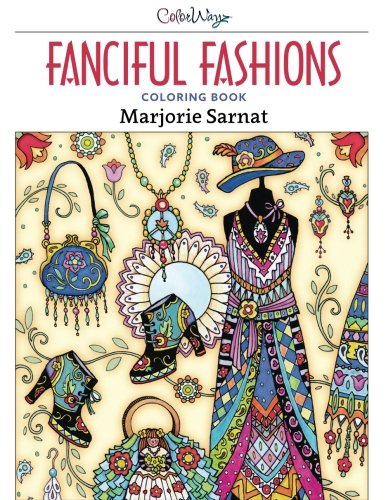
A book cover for Fanciful Fashions Coloring Book; Marjorie Sarnat; Crafts, Hobbies & Home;